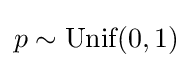
p\sim {\mbox{Unif}}(0,1)